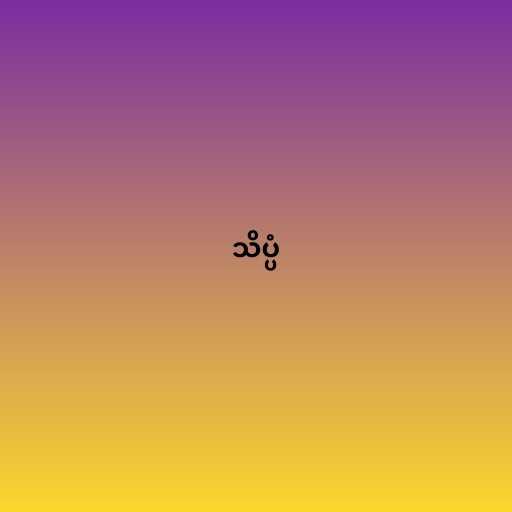
သိပ္ပံ